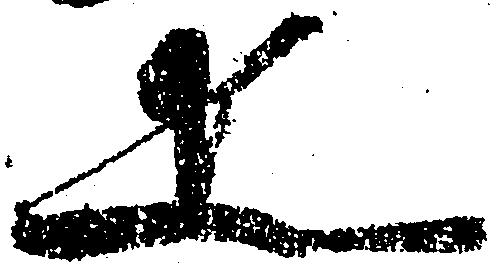
疋